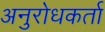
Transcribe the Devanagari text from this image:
अनुरोधकर्ता